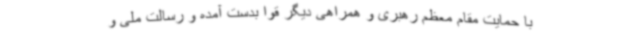
با حمایت مقام معظم رهبری و همراهی دیگر قوا بدست آمده و رسالت ملی و